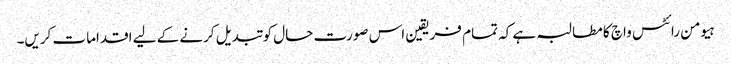
ہیومن رائٹس واچ کا مطالبہ ہے کہ تمام فریقین اس صورت حال کو تبدیل کرنے کے لیے اقدامات کریں۔